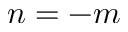
n = - m